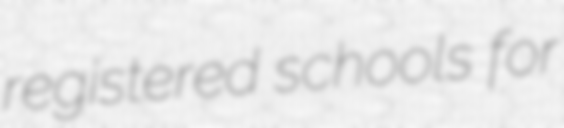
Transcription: registered schools for